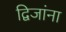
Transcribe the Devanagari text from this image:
द्विजांना